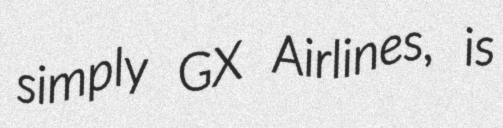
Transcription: simply GX Airlines, is